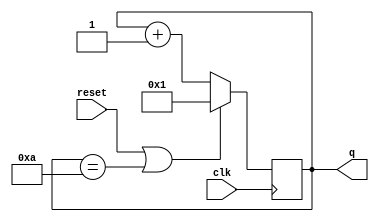
module top_module (
    input clk,
    input reset,
    output [3:0] q);
    reg [3:0]  count=1;
    assign q=count;
    always @(posedge clk) begin
        if(reset || count==10) count<=1;
        else count <= count+1;
    end
    
endmodule